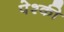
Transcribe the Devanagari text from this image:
पेश्की